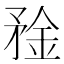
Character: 𰦑